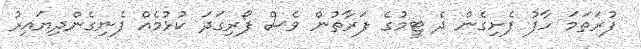
ފުރަތަމަ ހާފު ފެށިގެން ދެ ޓީމުގެ ފަރާތުން ވެސް ފޯރިގަދަ ކުޅުމެއް ފެނިގެންދިޔައިރު